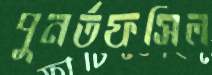
পুনর্তফসিল